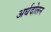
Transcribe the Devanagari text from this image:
अर्धदोलन